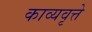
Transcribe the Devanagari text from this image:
काव्यवृत्ते